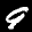
Label: 9